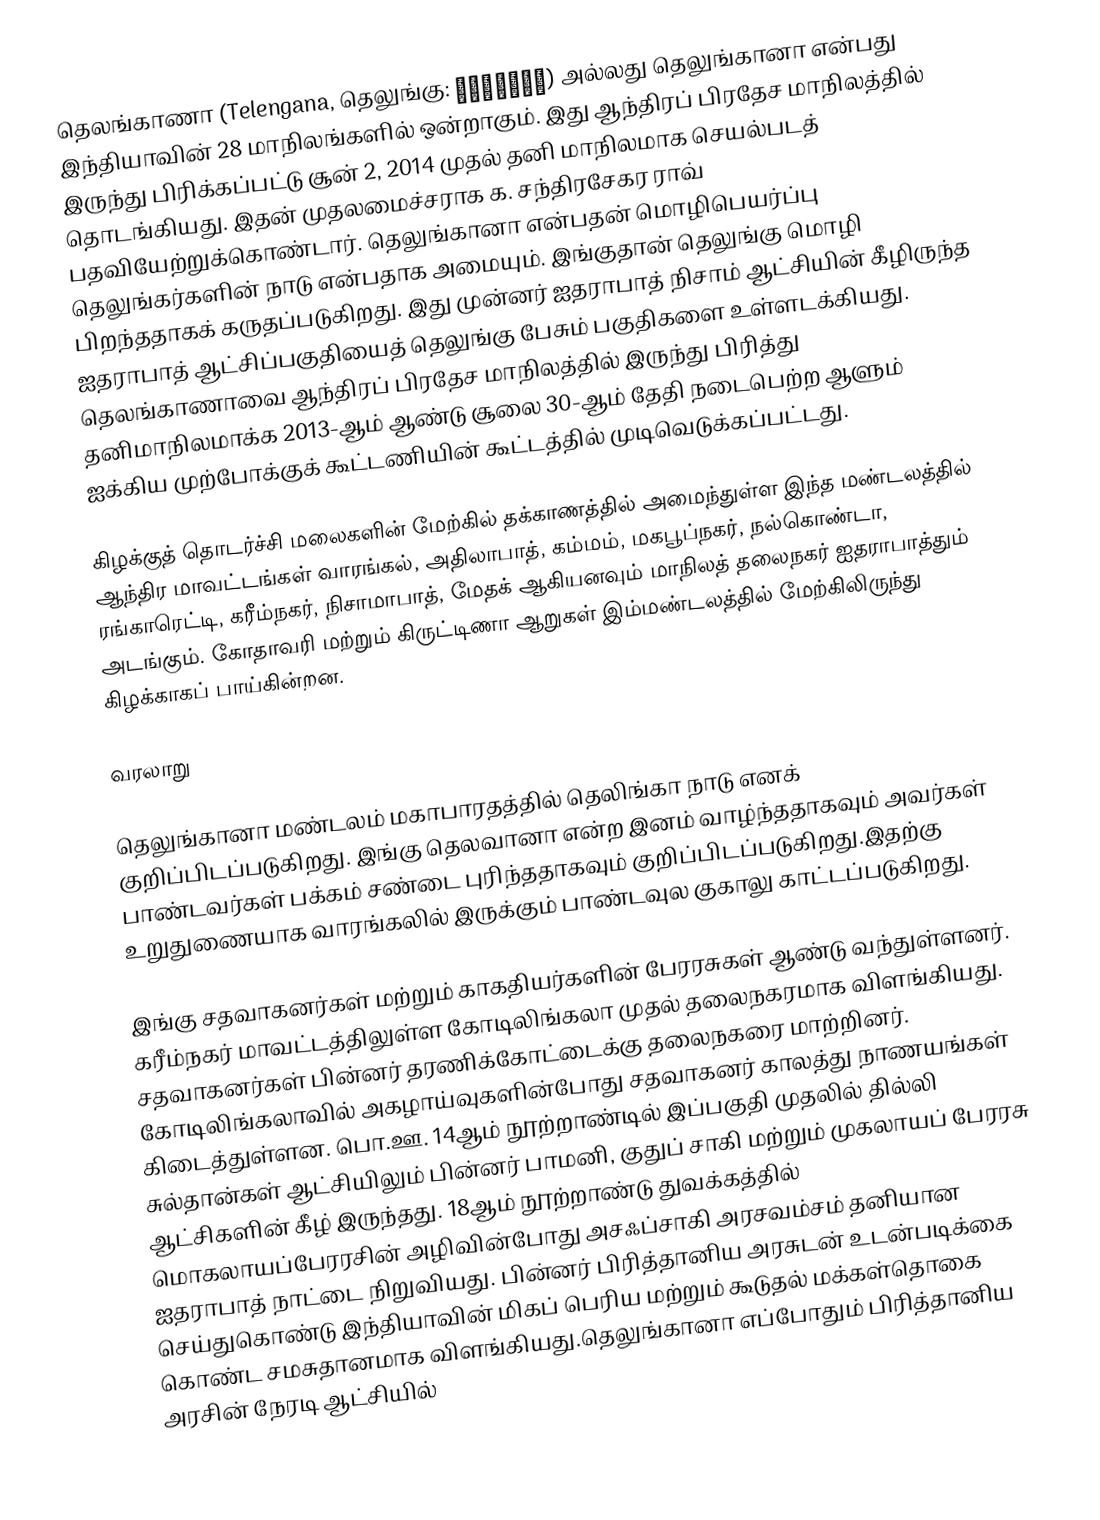
தெலங்காணா (Telengana, தெலுங்கு: తెలంగాణ) அல்லது தெலுங்கானா என்பது இந்தியாவின் 28 மாநிலங்களில் ஒன்றாகும். இது ஆந்திரப் பிரதேச மாநிலத்தில் இருந்து பிரிக்கப்பட்டு சூன் 2, 2014 முதல் தனி மாநிலமாக செயல்படத் தொடங்கியது. இதன் முதலமைச்சராக க. சந்திரசேகர ராவ் பதவியேற்றுக்கொண்டார். தெலுங்கானா என்பதன் மொழிபெயர்ப்பு தெலுங்கர்களின் நாடு என்பதாக அமையும். இங்குதான் தெலுங்கு மொழி பிறந்ததாகக் கருதப்படுகிறது. இது முன்னர் ஐதராபாத் நிசாம் ஆட்சியின் கீழிருந்த ஐதராபாத் ஆட்சிப்பகுதியைத் தெலுங்கு பேசும் பகுதிகளை உள்ளடக்கியது. தெலங்காணாவை ஆந்திரப் பிரதேச மாநிலத்தில் இருந்து பிரித்து தனிமாநிலமாக்க 2013-ஆம் ஆண்டு சூலை 30-ஆம் தேதி நடைபெற்ற ஆளும் ஐக்கிய முற்போக்குக் கூட்டணியின் கூட்டத்தில் முடிவெடுக்கப்பட்டது.

கிழக்குத் தொடர்ச்சி மலைகளின் மேற்கில் தக்காணத்தில் அமைந்துள்ள இந்த மண்டலத்தில் ஆந்திர மாவட்டங்கள் வாரங்கல், அதிலாபாத், கம்மம், மகபூப்நகர், நல்கொண்டா, ரங்காரெட்டி, கரீம்நகர், நிசாமாபாத், மேதக் ஆகியனவும் மாநிலத் தலைநகர் ஐதராபாத்தும் அடங்கும். கோதாவரி மற்றும் கிருட்டிணா ஆறுகள் இம்மண்டலத்தில் மேற்கிலிருந்து கிழக்காகப் பாய்கின்றன.

வரலாறு

தெலுங்கானா மண்டலம் மகாபாரதத்தில் தெலிங்கா நாடு எனக் குறிப்பிடப்படுகிறது. இங்கு தெலவானா என்ற இனம் வாழ்ந்ததாகவும் அவர்கள் பாண்டவர்கள் பக்கம் சண்டை புரிந்ததாகவும் குறிப்பிடப்படுகிறது.இதற்கு உறுதுணையாக வாரங்கலில் இருக்கும் பாண்டவுல குகாலு காட்டப்படுகிறது.

இங்கு சதவாகனர்கள் மற்றும் காகதியர்களின் பேரரசுகள் ஆண்டு வந்துள்ளனர். கரீம்நகர் மாவட்டத்திலுள்ள கோடிலிங்கலா முதல் தலைநகரமாக விளங்கியது. சதவாகனர்கள் பின்னர் தரணிக்கோட்டைக்கு தலைநகரை மாற்றினர். கோடிலிங்கலாவில் அகழாய்வுகளின்போது சதவாகனர் காலத்து நாணயங்கள் கிடைத்துள்ளன. பொ.ஊ. 14ஆம் நூற்றாண்டில் இப்பகுதி முதலில் தில்லி சுல்தான்கள் ஆட்சியிலும் பின்னர் பாமனி, குதுப் சாகி மற்றும் முகலாயப் பேரரசு ஆட்சிகளின் கீழ் இருந்தது. 18ஆம் நூற்றாண்டு துவக்கத்தில் மொகலாயப்பேரரசின் அழிவின்போது அசஃப்சாகி அரசவம்சம் தனியான ஐதராபாத் நாட்டை நிறுவியது. பின்னர் பிரித்தானிய அரசுடன் உடன்படிக்கை செய்துகொண்டு இந்தியாவின் மிகப் பெரிய மற்றும் கூடுதல் மக்கள்தொகை கொண்ட சமசுதானமாக விளங்கியது.தெலுங்கானா எப்போதும் பிரித்தானிய அரசின் நேரடி ஆட்சியில்